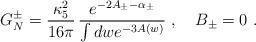
LaTeX: \begin{align*} G_N^{\pm} = \frac{\kappa_5^2 }{16\pi } \, \frac{e^{-2A_{\pm}-\alpha_{\pm}}}{\int dw e^{-3A(w)}} \ , \,\,\,\,\,\, B_{\pm}=0 \ .\end{align*}